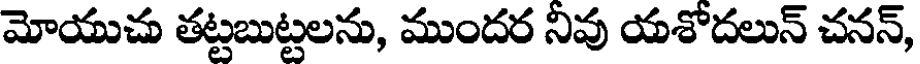
మోయుచు తట్టబుట్టలను, ముందర నివు యశోదలున్ చనన్,